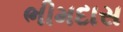
ભીમદાસ